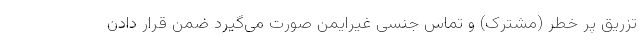
تزریق پر خطر (مشترک) و تماس جنسی غیرایمن صورت می‌گیرد ضمن قرار دادن